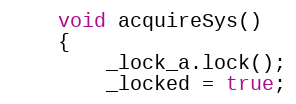
Language: C
	void acquireSys()
	{
		_lock_a.lock();
		_locked = true;